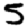
Digit: 5